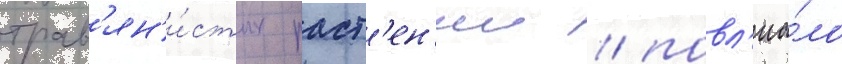
трав'ян'и́стых раст'ен'ии / повл'иа́ло